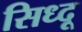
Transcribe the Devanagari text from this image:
सिध्दू